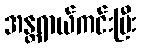
အန္တရာယ်ကင်းပြီး